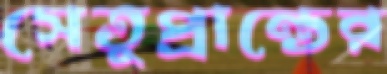
সেতুপ্রান্তের